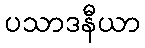
ပသာဒနီယာ